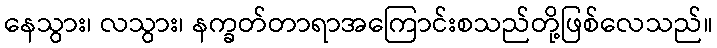
နေသွား၊ လသွား၊ နက္ခတ်တာရာအကြောင်းစသည်တို့ဖြစ်လေသည်။